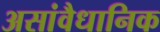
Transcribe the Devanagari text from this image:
असांवैधानिक